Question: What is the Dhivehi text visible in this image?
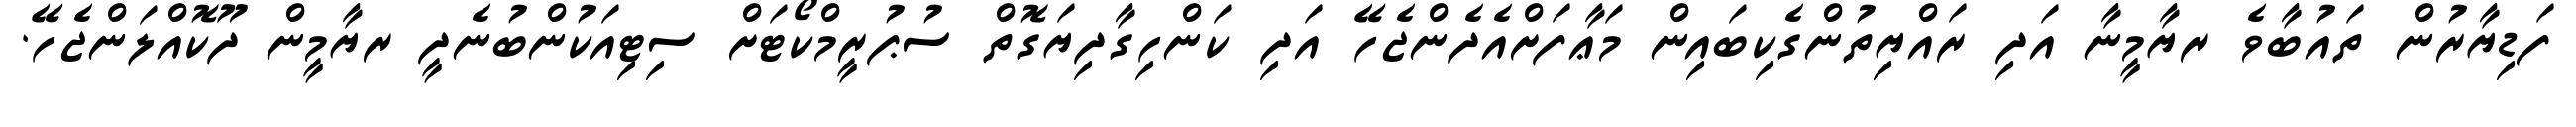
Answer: ފަޑިޔާރުން ތައުބާވެ ރޔާމީނާ އަދި ރައްޔިތުންގެކިބައިން މަޢާފަށްއެދެންޖެހޭ އަދި ކަންހިގާދިޔަގޮތް ސުޕުރީމްކޯޓަށް ސިޓިއަކުންބުނެދީ ރޔާމީން ދޫކޮއްލަންޖެހޭ.